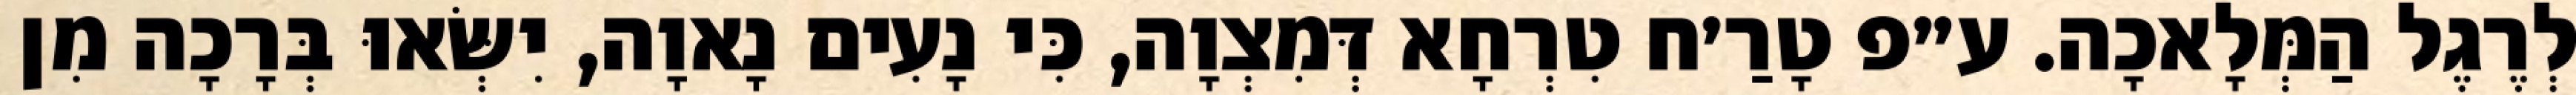
לְרֶגֶל הַמְּלָאכָה. ע״פ טָרַ׳ח טִרְחָא דְּמִצְוָה, כִּי נָעִים נָאוָה, יִשְּׂאוּ בְּרָכָה מִן